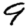
Digit: 9